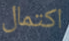
اكتمال